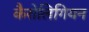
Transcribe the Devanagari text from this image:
कैरोलिगियन